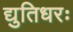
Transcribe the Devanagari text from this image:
द्युतिधरः